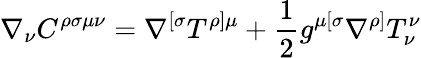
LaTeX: \nabla_{\nu}C^{\rho\sigma\mu\nu}=\nabla^{[\sigma}T^{\rho]\mu}+\frac{1}{2}g^{\mu[\sigma}\nabla^{\rho]}T_{\nu}^{\nu}